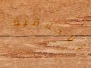
الأخلاقية